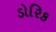
ડોરિક